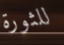
للثورة